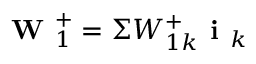
\textbf { W } _ { 1 } ^ { + } = \Sigma W _ { 1 k } ^ { + } \textbf { i } _ { k }